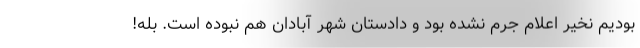
بودیم نخیر اعلام جرم نشده بود و دادستان شهر آبادان هم نبوده است. بله!